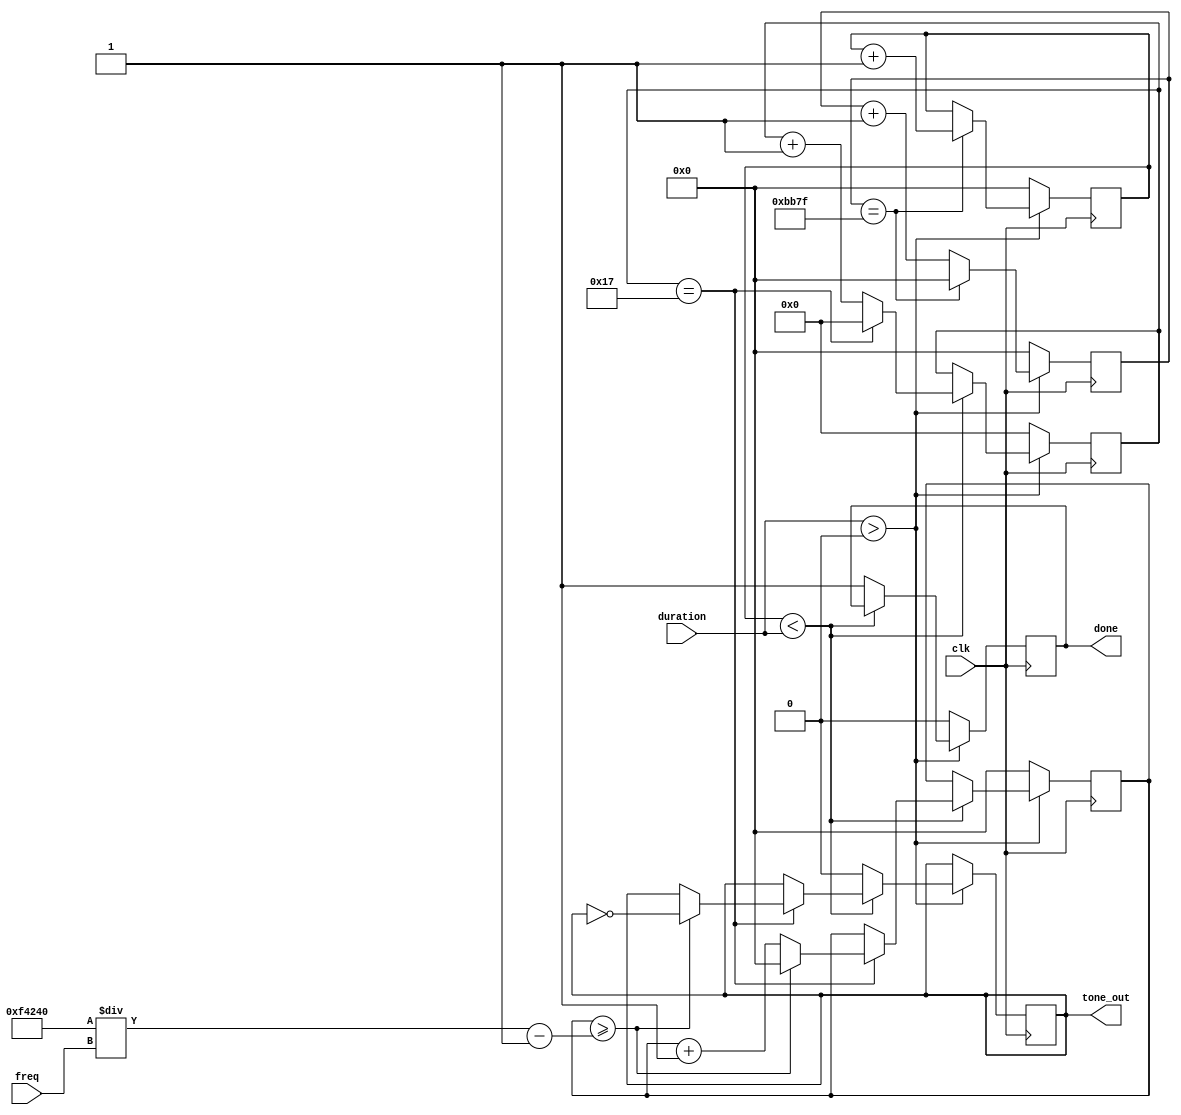
module tone(
    input clk,
    input [31:0] duration, // millis
    input [31:0] freq, //hz
    output reg tone_out, // pin
    output reg done
    );

parameter CLK_F = 48; // CLK freq in MHz

reg [7:0] prescaler = 0;
reg [31:0] tone_counter = 0;
reg [31:0] time_counter = 0;
reg [31:0] millis  = 0;
wire [31:0] period = 1000000 / freq;

always @(posedge clk) if (duration > 0) begin
  if (time_counter == CLK_F * 1000 - 1) begin
    millis <= millis + 1;
    time_counter <= 0;
  end else time_counter <= time_counter + 1;

  if (millis < duration) begin
    prescaler <= prescaler + 1;
    if (prescaler == CLK_F / 2 - 1) begin
      prescaler <= 0;
      tone_counter <= tone_counter + 1;
      if (tone_counter >= period - 1) begin
        tone_counter <= 0;
        tone_out <= ~tone_out;
      end
    end
  end else begin
    tone_out <= 0;
    done = 1;
  end
end else begin
  millis <= 0;
  done <= 0;
  prescaler <= 0;
  time_counter <= 0;
  tone_counter <= 0;
end

endmodule